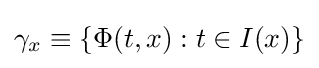
\gamma _{x}\equiv \{\Phi (t,x):t\in I(x)\}